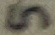
Text: 5